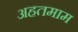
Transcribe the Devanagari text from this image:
अहतमाम